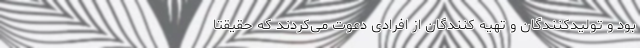
بود و تولیدکنندگان و تهیه کنندگان از افرادی دعوت می‌کردند که حقیقتا